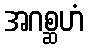
အဂစ္ဆဟံ